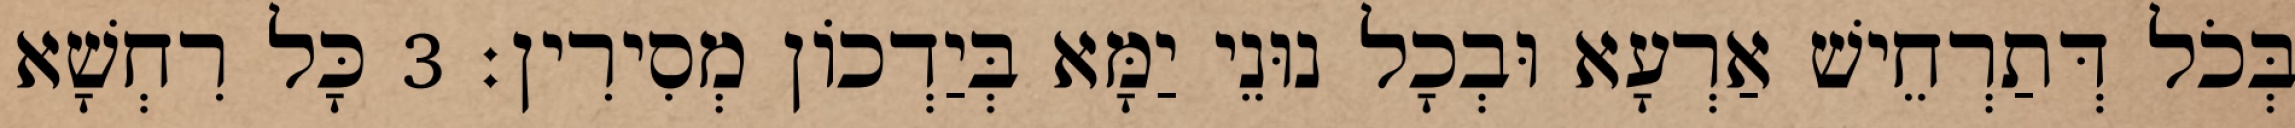
בְּכֹל דְּתַרְחֵישׁ אַרְעָא וּבְכָל נוּנֵי יַמָּא בְּיַדְכוֹן מְסִירִין׃ 3 כָּל רִחְשָׁא